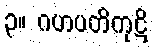
၃။ ဂဟပတိကုဋိ